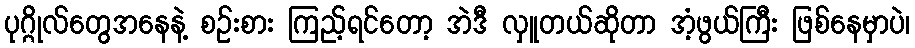
ပုဂ္ဂိုလ်တွေအနေနဲ့ စဉ်းစား ကြည့်ရင်တော့ အဲဒီ လှူတယ်ဆိုတာ အံ့ဖွယ်ကြီး ဖြစ်နေမှာပဲ၊